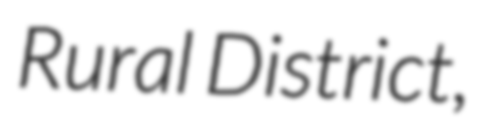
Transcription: Rural District,